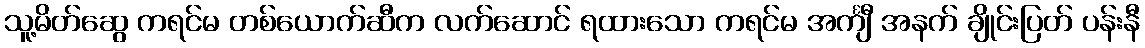
သူ့မိတ်ဆွေ ကရင်မ တစ်ယောက်ဆီက လက်ဆောင် ရထားသော ကရင်မ အင်္ကျီ အနက် ချိုင်းပြတ် ပန်းနီ